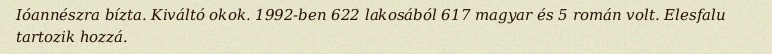
Ióannészra bízta. Kiváltó okok. 1992-ben 622 lakosából 617 magyar és 5 román volt. Elesfalu tartozik hozzá.